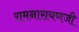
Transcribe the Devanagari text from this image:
रामनारायणजी